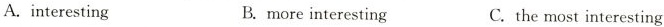
A.interesting B.more interesting C.the most interesting